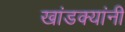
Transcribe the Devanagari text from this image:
खांडक्यांनी